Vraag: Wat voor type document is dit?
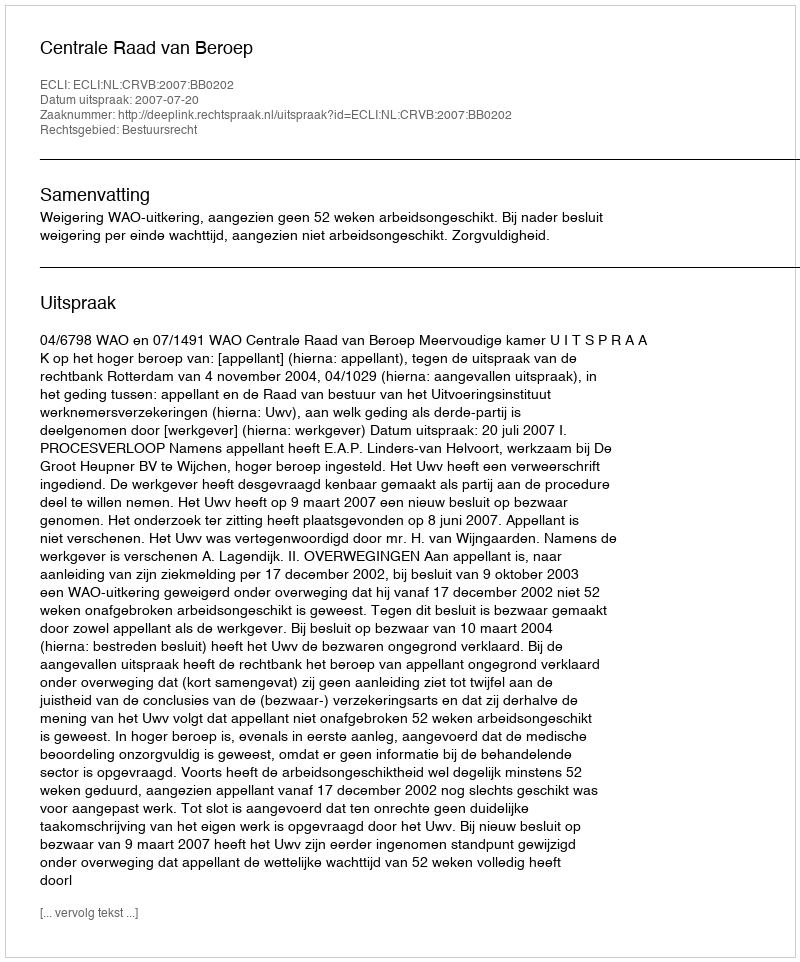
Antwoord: Uitspraak